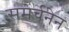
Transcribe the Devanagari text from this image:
समर्चनेन